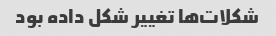
شکلات‌ها تغییر شکل داده بود